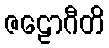
ဇဠောဂီတိ